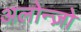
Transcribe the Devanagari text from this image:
अलोन्ज़ो